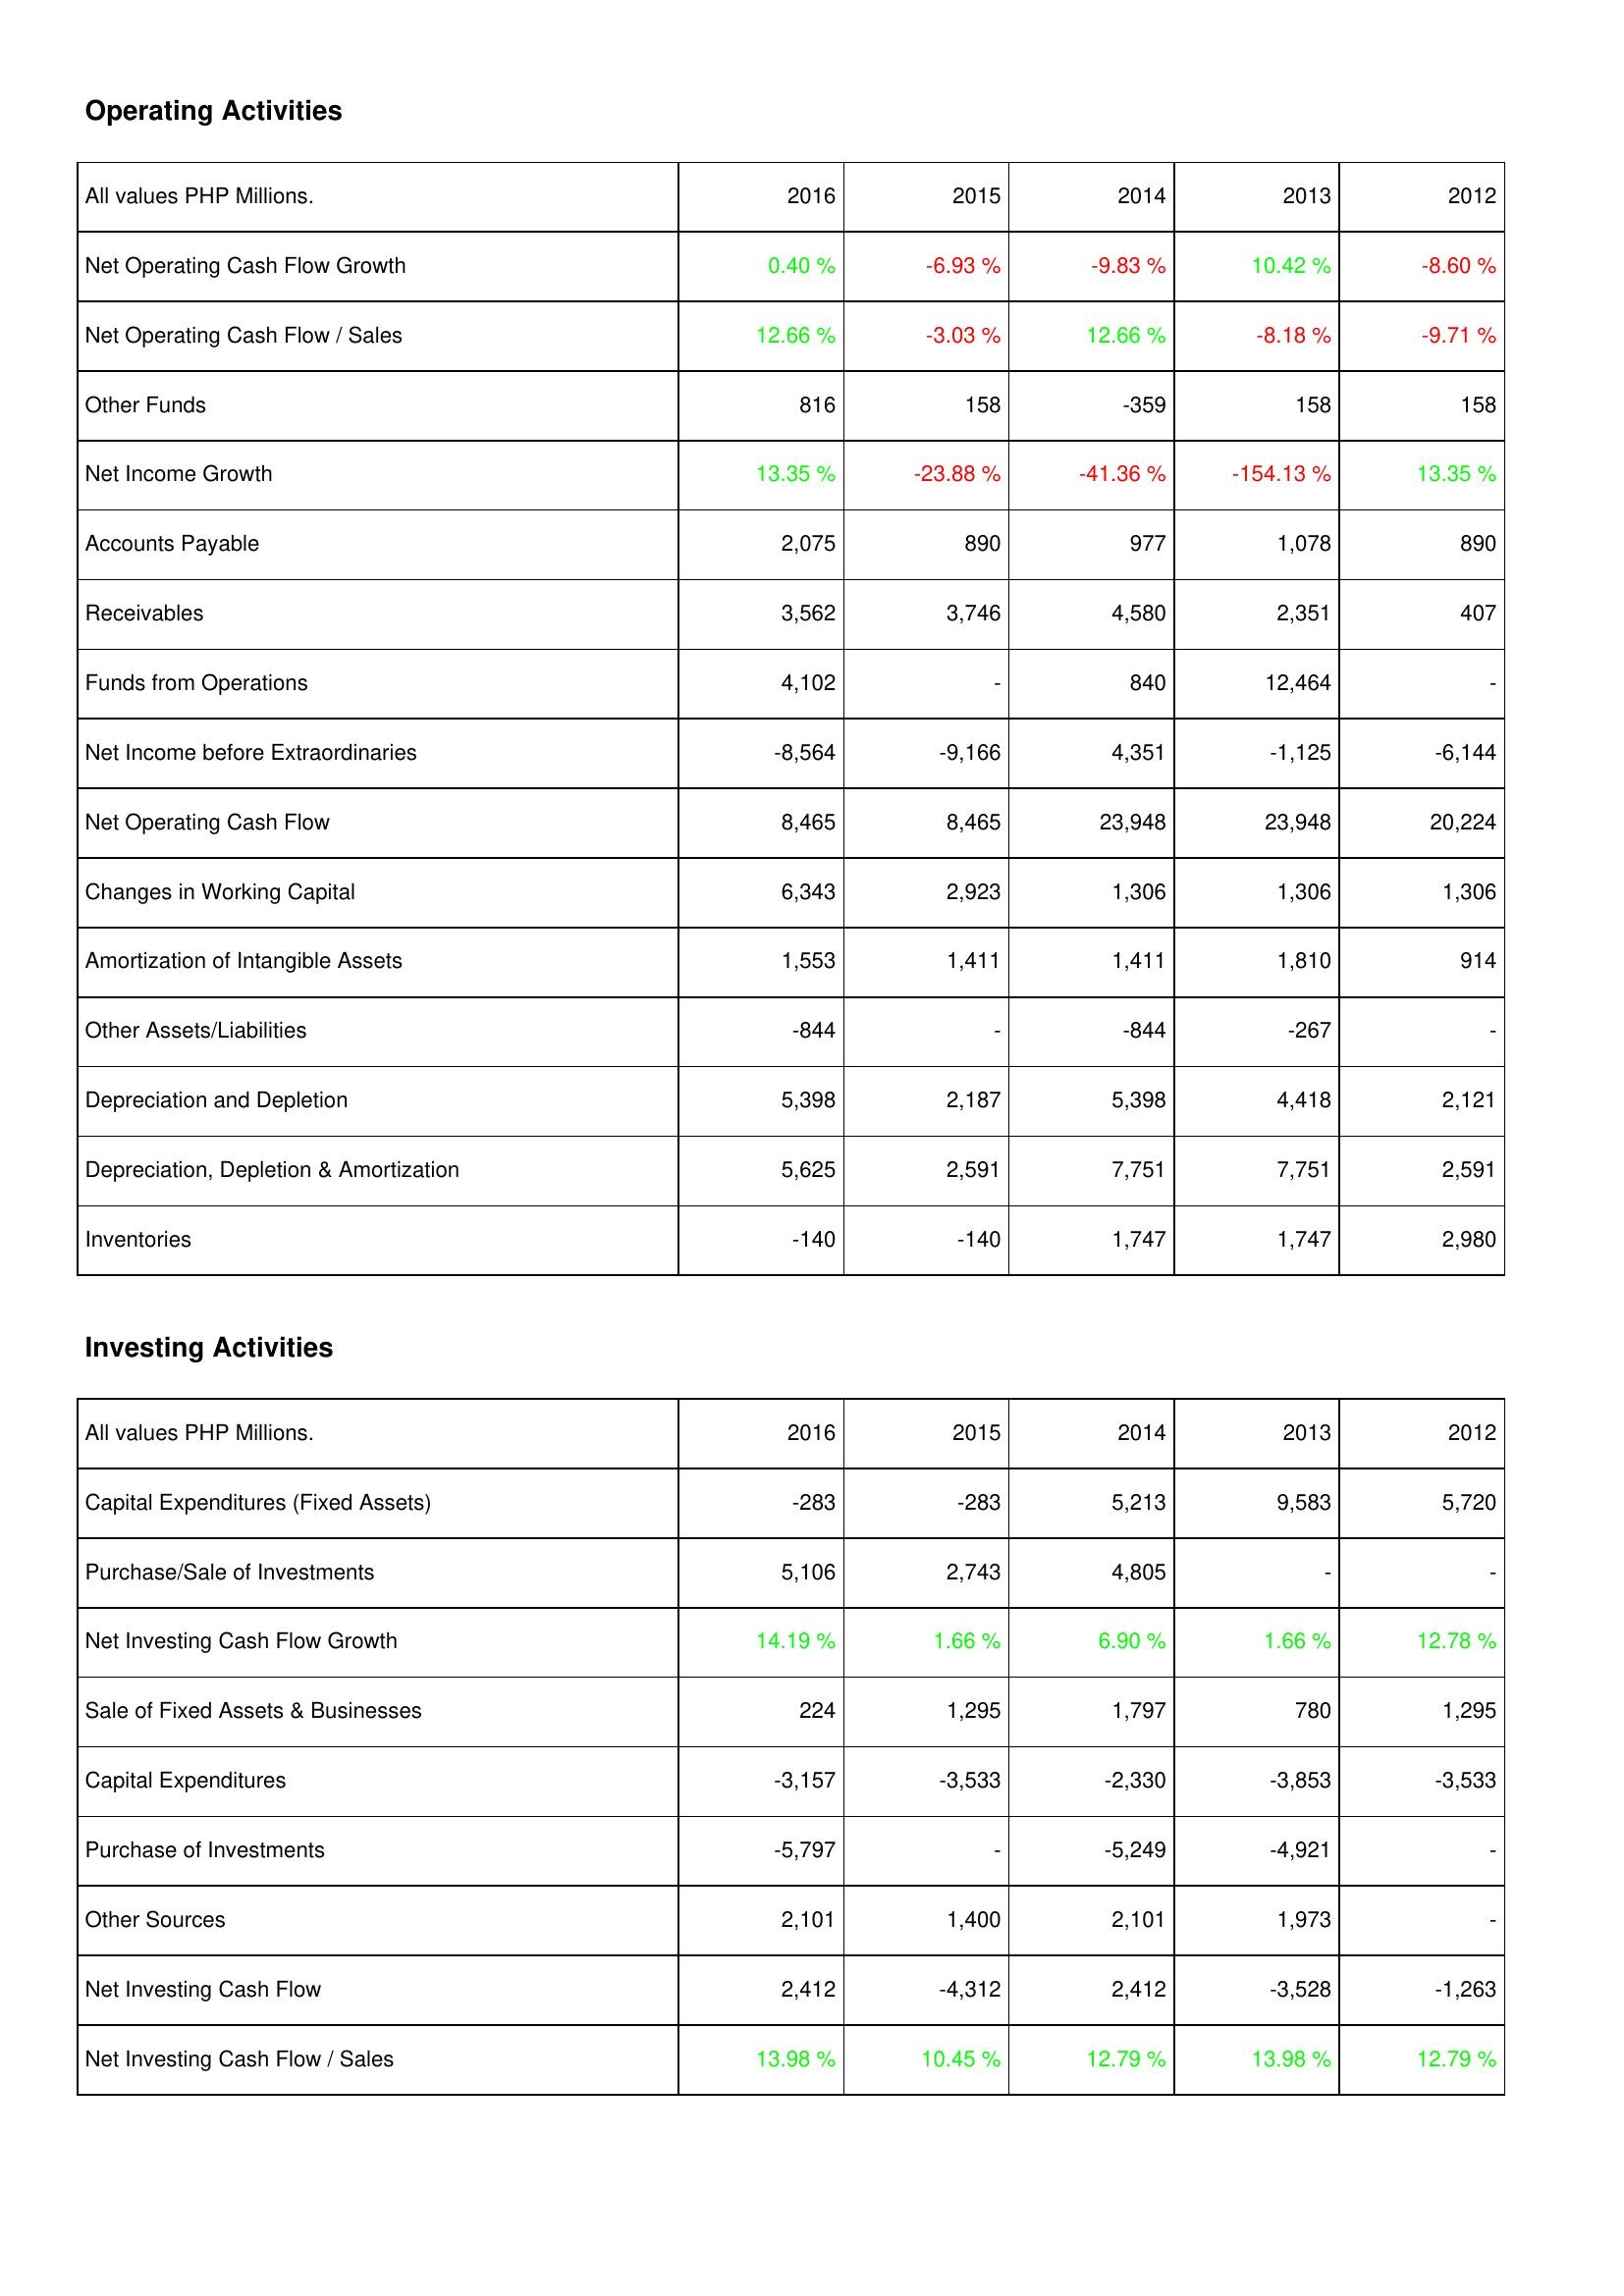
2016: Operating Activities: Net Operating Cash Flow Growth: 0.40 %
Net Operating Cash Flow / Sales: 12.66 %
Other Funds: 816
Net Income Growth: 13.35 %
Accounts Payable: 2,075
Receivables: 3,562
Funds from Operations: 4,102
Net Income before Extraordinaries: -8,564
Net Operating Cash Flow: 8,465
Changes in Working Capital: 6,343
Amortization of Intangible Assets: 1,553
Other Assets/Liabilities: -844
Depreciation and Depletion: 5,398
Depreciation, Depletion & Amortization: 5,625
Inventories: -140
Investing Activities: Capital Expenditures (Fixed Assets): -283
Purchase/Sale of Investments: 5,106
Net Investing Cash Flow Growth: 14.19 %
Sale of Fixed Assets & Businesses: 224
Capital Expenditures: -3,157
Purchase of Investments: -5,797
Other Sources: 2,101
Net Investing Cash Flow: 2,412
Net Investing Cash Flow / Sales: 13.98 %
2015: Operating Activities: Net Operating Cash Flow Growth: -6.93 %
Net Operating Cash Flow / Sales: -3.03 %
Other Funds: 158
Net Income Growth: -23.88 %
Accounts Payable: 890
Receivables: 3,746
Funds from Operations: -
Net Income before Extraordinaries: -9,166
Net Operating Cash Flow: 8,465
Changes in Working Capital: 2,923
Amortization of Intangible Assets: 1,411
Other Assets/Liabilities: -
Depreciation and Depletion: 2,187
Depreciation, Depletion & Amortization: 2,591
Inventories: -140
Investing Activities: Capital Expenditures (Fixed Assets): -283
Purchase/Sale of Investments: 2,743
Net Investing Cash Flow Growth: 1.66 %
Sale of Fixed Assets & Businesses: 1,295
Capital Expenditures: -3,533
Purchase of Investments: -
Other Sources: 1,400
Net Investing Cash Flow: -4,312
Net Investing Cash Flow / Sales: 10.45 %
2014: Operating Activities: Net Operating Cash Flow Growth: -9.83 %
Net Operating Cash Flow / Sales: 12.66 %
Other Funds: -359
Net Income Growth: -41.36 %
Accounts Payable: 977
Receivables: 4,580
Funds from Operations: 840
Net Income before Extraordinaries: 4,351
Net Operating Cash Flow: 23,948
Changes in Working Capital: 1,306
Amortization of Intangible Assets: 1,411
Other Assets/Liabilities: -844
Depreciation and Depletion: 5,398
Depreciation, Depletion & Amortization: 7,751
Inventories: 1,747
Investing Activities: Capital Expenditures (Fixed Assets): 5,213
Purchase/Sale of Investments: 4,805
Net Investing Cash Flow Growth: 6.90 %
Sale of Fixed Assets & Businesses: 1,797
Capital Expenditures: -2,330
Purchase of Investments: -5,249
Other Sources: 2,101
Net Investing Cash Flow: 2,412
Net Investing Cash Flow / Sales: 12.79 %
2013: Operating Activities: Net Operating Cash Flow Growth: 10.42 %
Net Operating Cash Flow / Sales: -8.18 %
Other Funds: 158
Net Income Growth: -154.13 %
Accounts Payable: 1,078
Receivables: 2,351
Funds from Operations: 12,464
Net Income before Extraordinaries: -1,125
Net Operating Cash Flow: 23,948
Changes in Working Capital: 1,306
Amortization of Intangible Assets: 1,810
Other Assets/Liabilities: -267
Depreciation and Depletion: 4,418
Depreciation, Depletion & Amortization: 7,751
Inventories: 1,747
Investing Activities: Capital Expenditures (Fixed Assets): 9,583
Purchase/Sale of Investments: -
Net Investing Cash Flow Growth: 1.66 %
Sale of Fixed Assets & Businesses: 780
Capital Expenditures: -3,853
Purchase of Investments: -4,921
Other Sources: 1,973
Net Investing Cash Flow: -3,528
Net Investing Cash Flow / Sales: 13.98 %
2012: Operating Activities: Net Operating Cash Flow Growth: -8.60 %
Net Operating Cash Flow / Sales: -9.71 %
Other Funds: 158
Net Income Growth: 13.35 %
Accounts Payable: 890
Receivables: 407
Funds from Operations: -
Net Income before Extraordinaries: -6,144
Net Operating Cash Flow: 20,224
Changes in Working Capital: 1,306
Amortization of Intangible Assets: 914
Other Assets/Liabilities: -
Depreciation and Depletion: 2,121
Depreciation, Depletion & Amortization: 2,591
Inventories: 2,980
Investing Activities: Capital Expenditures (Fixed Assets): 5,720
Purchase/Sale of Investments: -
Net Investing Cash Flow Growth: 12.78 %
Sale of Fixed Assets & Businesses: 1,295
Capital Expenditures: -3,533
Purchase of Investments: -
Other Sources: -
Net Investing Cash Flow: -1,263
Net Investing Cash Flow / Sales: 12.79 %